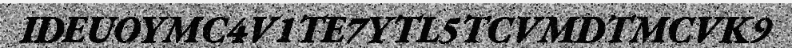
IDEUOYMC4V1TE7YTL5TCVMDTMCVK9